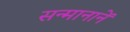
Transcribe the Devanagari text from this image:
सन्मानानें